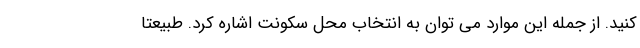
کنید. از جمله این موارد می توان به انتخاب محل سکونت اشاره کرد. طبیعتا